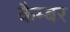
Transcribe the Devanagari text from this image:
कैम्बर